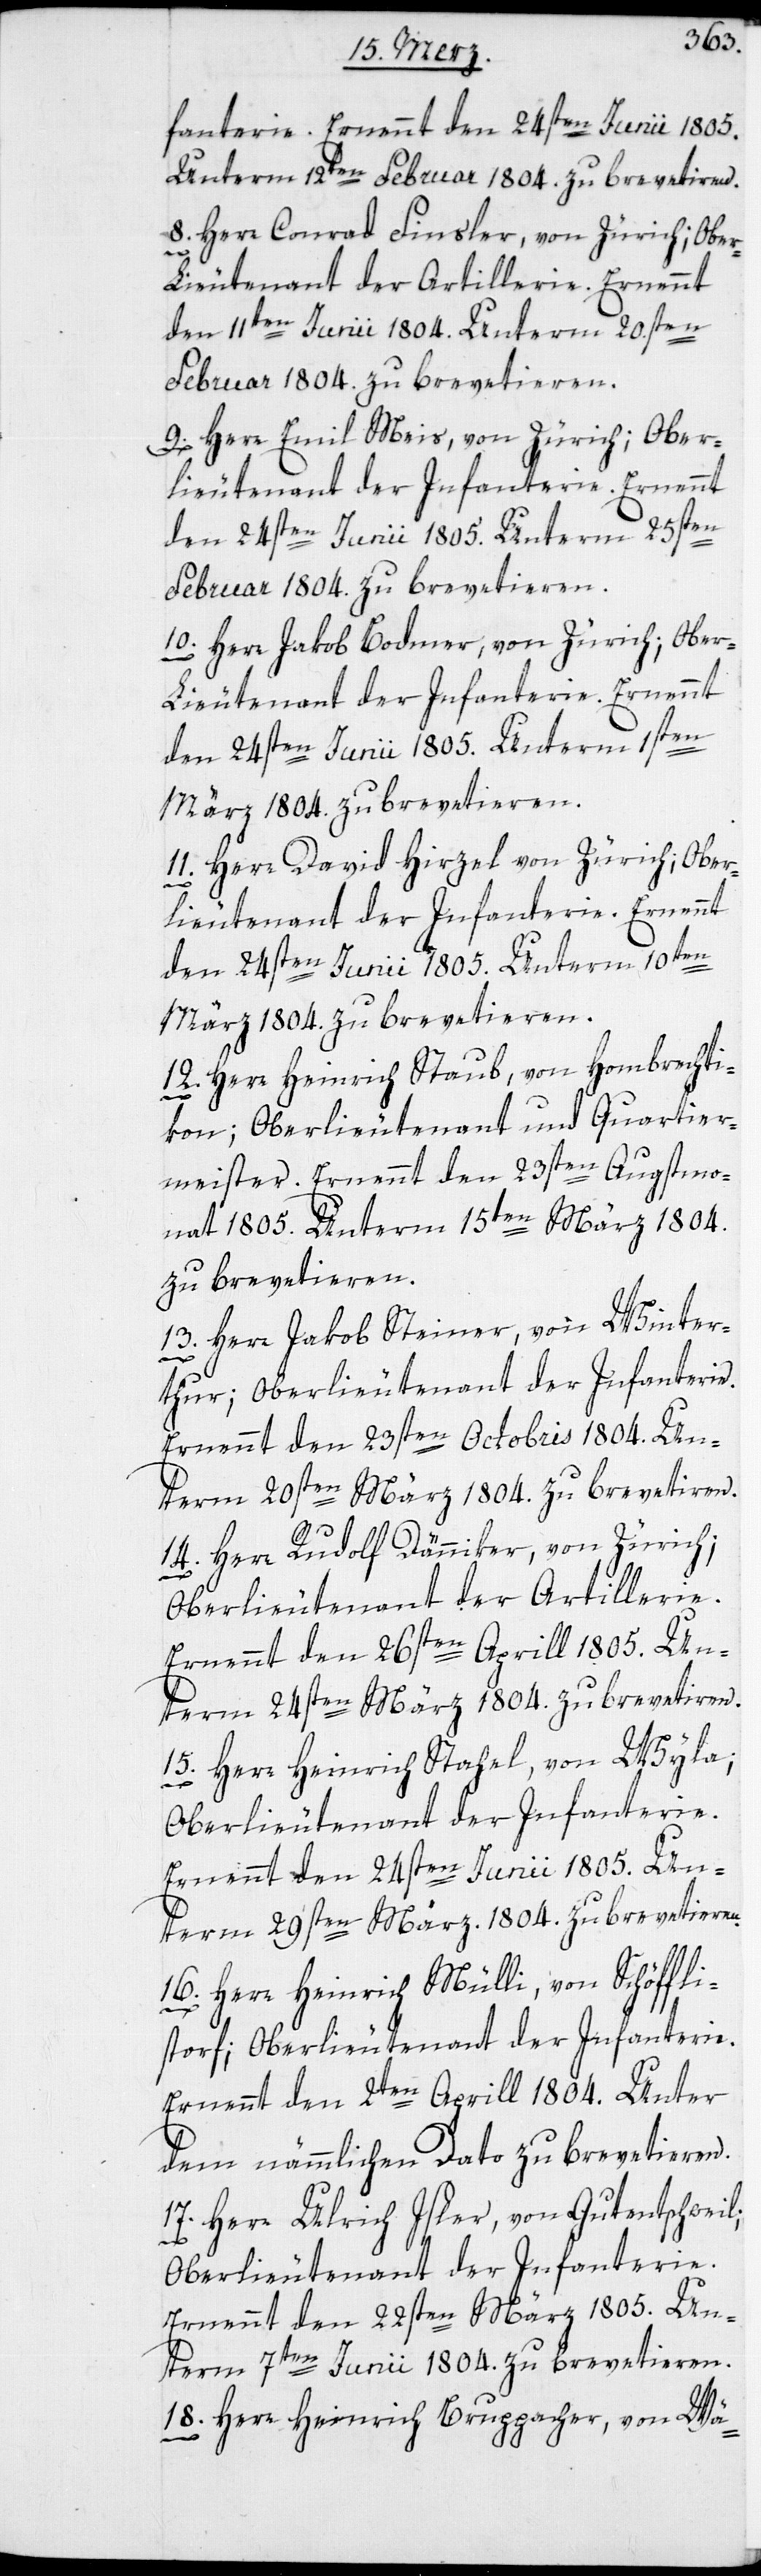
fanterie. Ernennt den 24sten Junii 1805.
Unterm 12ten Februar 1804. zu brevetieren.
8. Herr Conrad Finsler, von Zürich; Obe¬
r-Lieutenant der Artillerie. Ernennt
den 11ten Junii 1804. Unterm 20sten
Februar 1804 zu brevetieren.
9. Herr Emil Meis, von Zürich; Ober¬
lieutenant der Infanterie. Ernennt
den 24sten Junii 1805. Unterm 25sten
Februar 1804. zu brevetieren.
10. Herr Jakob Bodmer, von Zürich; Obe¬
r-Lieutenant der Infanterie. Ernennt
11. Herr David Hirzel von Zürich; Ober¬
lieutenant der Infanterie. Ernennt
den 24sten Junii 1805. Unterm 10ten
März 1804. zu brevetieren.
12. Herr Heinrich Staub, von Hombrechti¬
kon; Oberlieutenant und Quartier¬
meister. Ernennt den 23 ten Augstmo¬
nat 1805. Unterm 15 ten Merz 1804.
zu brevetieren.
13. Herr Jakob Steiner, von Winter¬
thur; Oberlieutenant der Infanterie.
Ernennt den 23 ten Octobris 1804. Un¬
term 20ten März 1804 zu brevetieren.
14. Herr Rudolf Dänniker, von Zürich;
Oberlieutenant der Artillerie.
Ernennt den 26ten Aprill 1805. Un¬
term 24ten März 1804. zu brevetieren.
15. Herr Heinrich Stahel, von Wila;
Oberlieutenant der Infanterie.
Ernennt den 24sten Junii 1805. Un¬
term 29sten Merz 1804. zu brevetieren.
16. Herr Heinrich Mülli, von Schöffli¬
storf; Oberlieutenant der Infanterie.
Ernennt den 2ten Aprill 1804. Unter
dem nämmlichen Dato zu brevetieren.
17. Herr Ulrich Isler, von Gutenschweil;
Oberlieutenant der Infanterie.
Ernennt den 22sten März 1805. Un¬
term 7ten Junii 1804. zu brevetieren.
18. Herr Heinrich Bruppacher, von Wä-